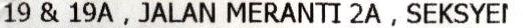
19 & 19A, JALAN MERANTI 2A, SEKSYEI